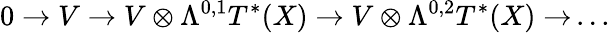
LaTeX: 0\rightarrow V\rightarrow V\otimes\Lambda^{0,1}T^{*}(X)\rightarrow V\otimes\Lambda^{0,2}T^{*}(X)\rightarrow\, ...